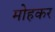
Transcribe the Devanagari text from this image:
मोहकर